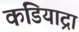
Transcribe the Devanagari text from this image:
कडियाद्रा